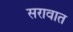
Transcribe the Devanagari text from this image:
सरावात